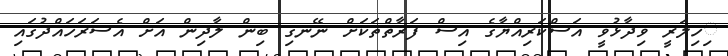
ިހިލަރީ ވިދާޅުވީ އަސްކަރިއްޔާގެ އިސް ފަރާތްތަކަށް ނޭނގި ބިން ލާދިން އަށް އެސަރަހައްދުގައި